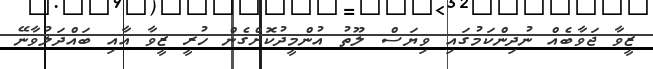
ޒީވާ ޖަވާބެއް ނުދިންކަމުގައި ވިޔަސް ލޫތު އުންމީދުކޮށްގެން ހުރީ ޒީވާ އާއި ބައްދަލުވާނޭ